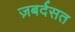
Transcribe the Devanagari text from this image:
ज़बर्दसत